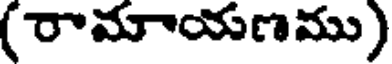
(రామాయణము)